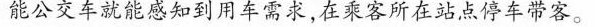
能公交车就能感知到用车需求,在乘客所在站点停车带客。